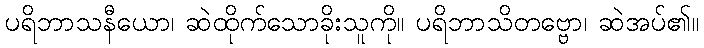
ပရိဘာသနီယော၊ ဆဲထိုက်သောခိုးသူကို။ ပရိဘာသိတဗ္ဗော၊ ဆဲအပ်၏။